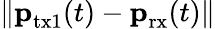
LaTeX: \| \textbf{p}_{\textrm{tx1}}(t)-\textbf{p}_{\textrm{rx}}(t)\|